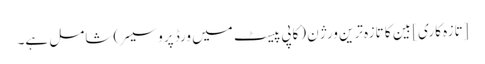
[تازہ کاری] بین کا تازہ ترین ورژن (کاپی پیسٹ میں ورڈ پروسیسر) شامل ہے۔